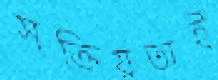
সক্রিয়তাই